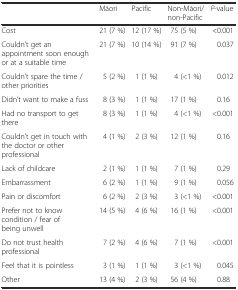
<table><thead><tr><td></td><td><b>Māori</b></td><td><b>Pacific</b></td><td><b>Non-Māori/non-Pacific</b></td><td><b><i>P</i>-value</b></td></tr></thead><tbody><tr><td>Cost</td><td>21 (7 %)</td><td>12 (17 %)</td><td>75 (5 %)</td><td>&lt;0.001</td></tr><tr><td>Couldn’t get an appointment soon enough or at a suitable time</td><td>21 (7 %)</td><td>10 (14 %)</td><td>91 (7 %)</td><td>0.037</td></tr><tr><td>Couldn’t spare the time / other priorities</td><td>5 (2 %)</td><td>1 (1 %)</td><td>4 (&lt;1 %)</td><td>0.012</td></tr><tr><td>Didn’t want to make a fuss</td><td>8 (3 %)</td><td>1 (1 %)</td><td>17 (1 %)</td><td>0.16</td></tr><tr><td>Had no transport to get there</td><td>8 (3 %)</td><td>1 (1 %)</td><td>4 (&lt;1 %)</td><td>&lt;0.001</td></tr><tr><td>Couldn’t get in touch with the doctor or other professional</td><td>4 (1 %)</td><td>2 (3 %)</td><td>12 (1 %)</td><td>0.16</td></tr><tr><td>Lack of childcare</td><td>2 (1 %)</td><td>1 (1 %)</td><td>7 (1 %)</td><td>0.29</td></tr><tr><td>Embarrassment</td><td>6 (2 %)</td><td>1 (1 %)</td><td>9 (1 %)</td><td>0.056</td></tr><tr><td>Pain or discomfort</td><td>6 (2 %)</td><td>2 (3 %)</td><td>3 (&lt;1 %)</td><td>&lt;0.001</td></tr><tr><td>Prefer not to know condition / fear of being unwell</td><td>14 (5 %)</td><td>4 (6 %)</td><td>16 (1 %)</td><td>&lt;0.001</td></tr><tr><td>Do not trust health professional</td><td>7 (2 %)</td><td>4 (6 %)</td><td>7 (1 %)</td><td>&lt;0.001</td></tr><tr><td>Feel that it is pointless</td><td>3 (1 %)</td><td>1 (1 %)</td><td>3 (&lt;1 %)</td><td>0.045</td></tr><tr><td>Other</td><td>13 (4 %)</td><td>2 (3 %)</td><td>56 (4 %)</td><td>0.88</td></tr></tbody></table>